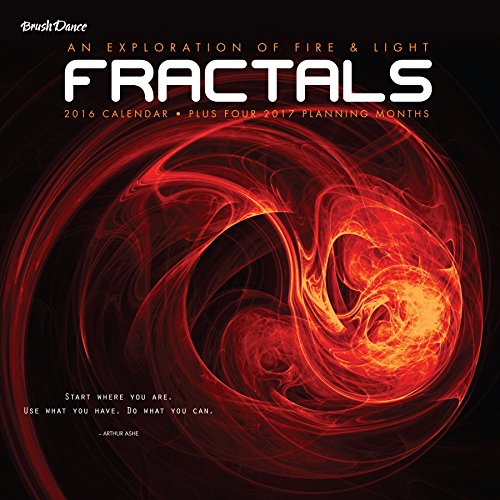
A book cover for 2016 Fractals Wall Calendar; Brush Dance; Calendars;